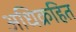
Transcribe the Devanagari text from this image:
अधिक्रहित